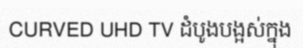
CURVED UHD TV ដំបូងបង្អស់ក្នុង